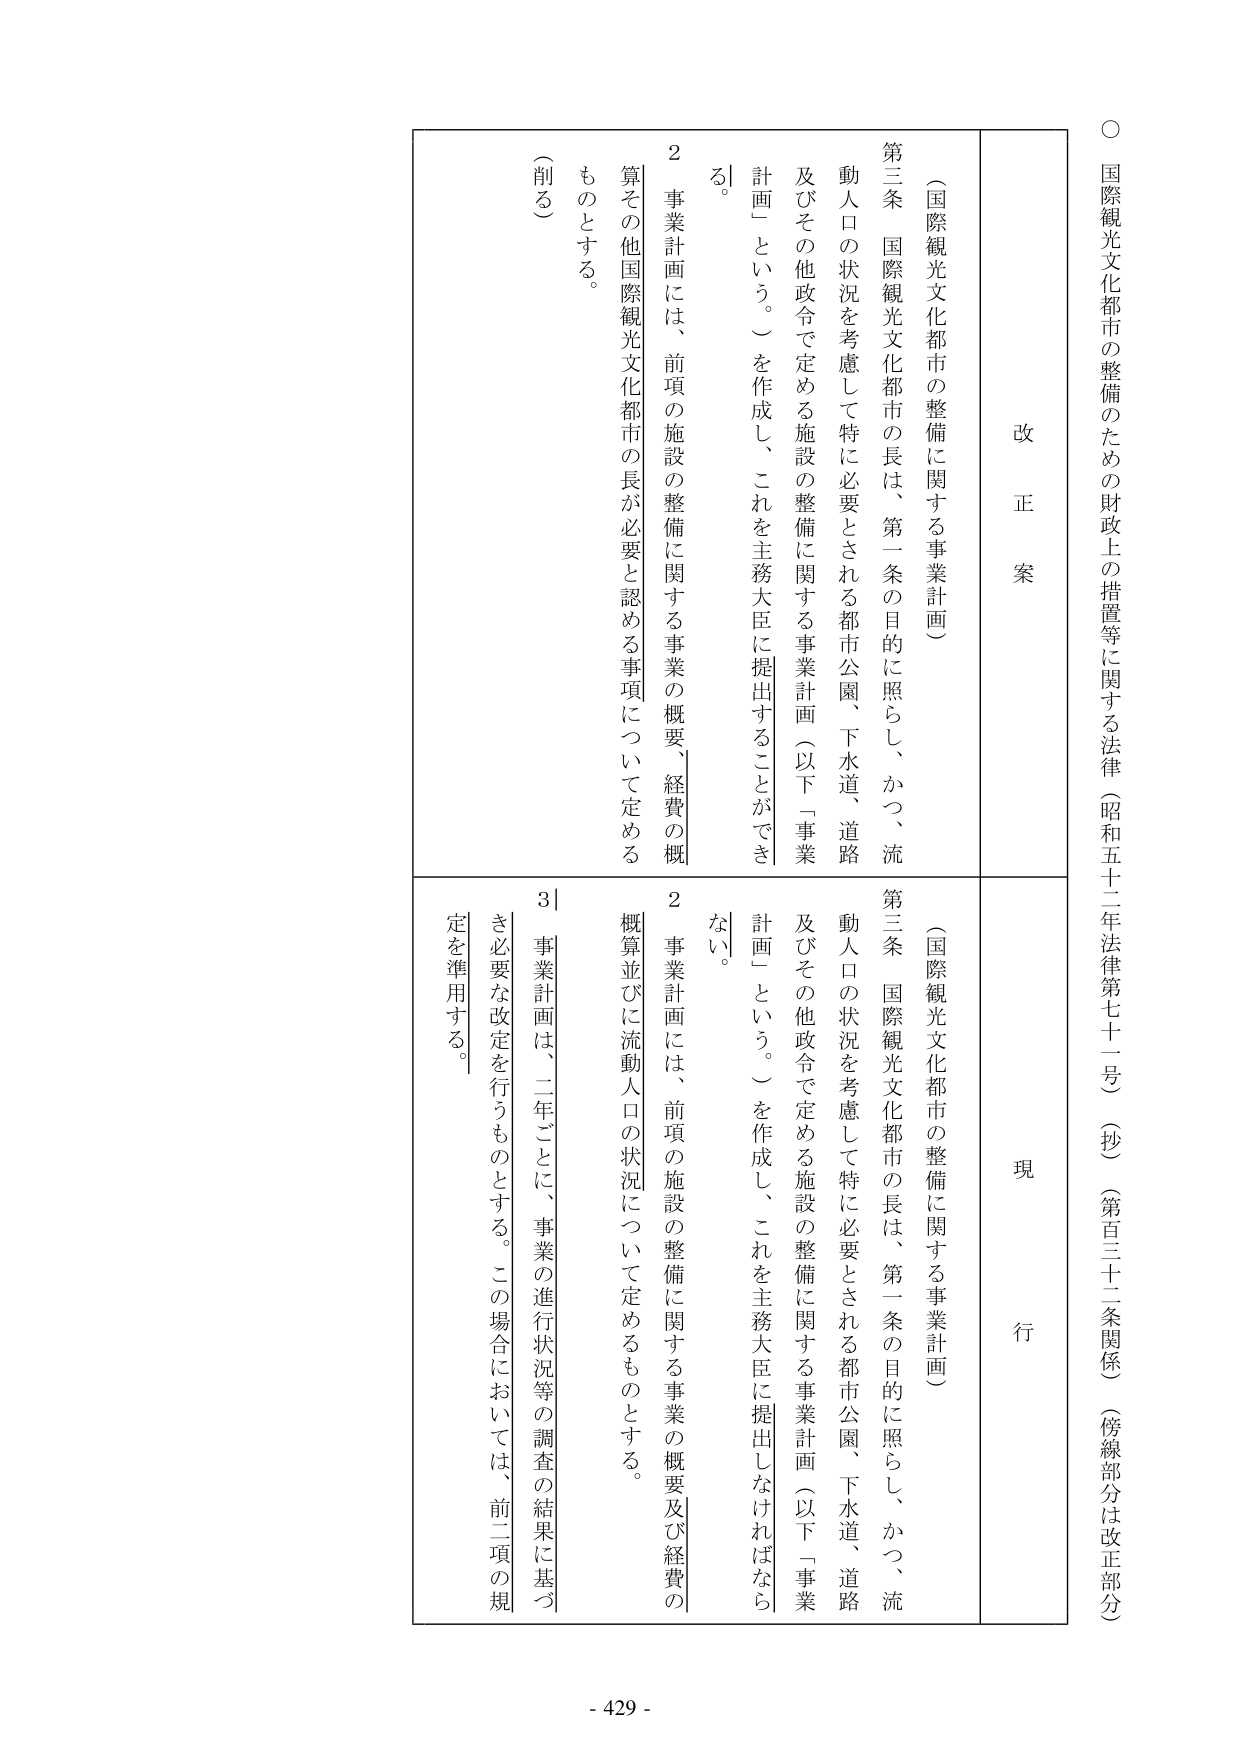
○ 国際観光文化都市の整備のための財政上の措置等に関する法律（昭和五十二年法律第七十一号）（抄）（第百三十二条関係）（傍線部分は改正部分）

改 正 案

（国際観光文化都市の整備に関する事業計画）

第三条 国際観光文化都市の長は、第一条の目的に照らし、かつ、流動人口の状況を考慮して特に必要とされる都市公園、下水道、道路及びその他政令で定める施設の整備に関する事業計画（以下「事業計画」という。）を作成し、これを主務大臣に提出することができる。

２ 事業計画には、前項の施設の整備に関する事業の概要、経費の概算その他国際観光文化都市の長が必要と認める事項について定めるものとする。

（削る）

現 行

（国際観光文化都市の整備に関する事業計画）

第三条 国際観光文化都市の長は、第一条の目的に照らし、かつ、流動人口の状況を考慮して特に必要とされる都市公園、下水道、道路及びその他政令で定める施設の整備に関する事業計画（以下「事業計画」という。）を作成し、これを主務大臣に提出しなければならない。

２ 事業計画には、前項の施設の整備に関する事業の概要及び経費の概算並びに流動人口の状況について定めるものとする。

３ 事業計画は、二年ごとに、事業の進行状況等の調査の結果に基づき必要な改定を行うものとする。この場合においては、前二項の規定を準用する。

- 429 -